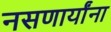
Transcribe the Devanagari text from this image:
नसणार्यांना